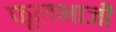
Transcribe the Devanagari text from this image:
फूलभाजी